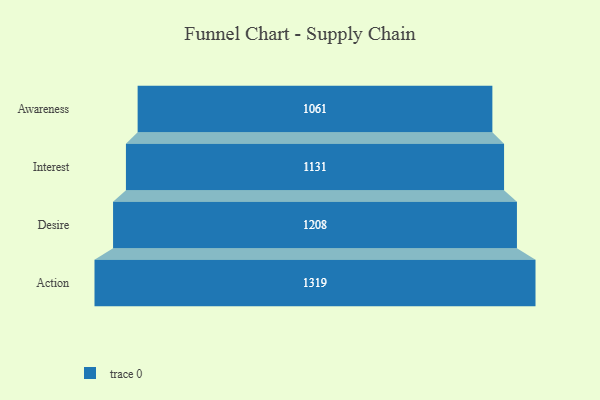
{"axis": {"x": "Stage", "y": "Value"}, "legend": [""], "data": [{"x": "Awareness", "y": 1061.0, "type": ""}, {"x": "Interest", "y": 1131.0, "type": ""}, {"x": "Desire", "y": 1208.0, "type": ""}, {"x": "Action", "y": 1319.0, "type": ""}]}